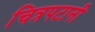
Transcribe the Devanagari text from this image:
चित्रपटानी